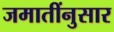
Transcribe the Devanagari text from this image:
जमातींनुसार